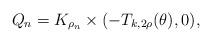
LaTeX: \begin{align*}Q_n=K_{\rho_n}\times (-T_{k,2\rho}(\theta),0),\end{align*}